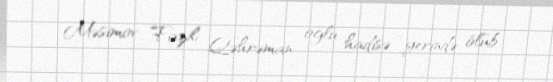
Məsimov Fazil Qəhrəman oğlu hadisə yerində ölüb.